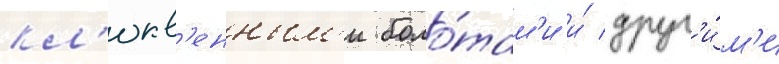
кл'юкв'енным'и боло́там'и и́ друг'и́м'и